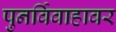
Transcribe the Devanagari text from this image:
पुनर्विवाहावर